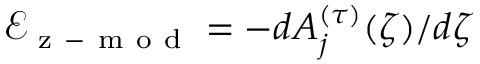
\mathcal { E } _ { \mathrm { ~ z ~ - ~ m ~ o ~ d ~ } } = - d A _ { j } ^ { ( \tau ) } ( \zeta ) / d \zeta